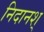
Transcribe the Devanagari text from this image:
निदानश्